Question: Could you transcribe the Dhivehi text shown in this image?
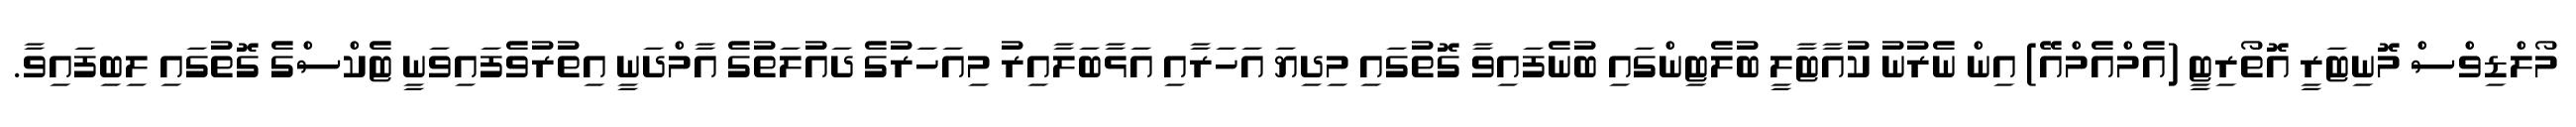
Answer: މޯލްޑިވްސް މޮނިޓަރީ އޮތޯރިޓީ (އެމްއެމްއޭ) އިން ނެރުނު ކުއާޓާލީ ބުލެޓިންގައި ބުނެފައިވާ ގޮތުގައި މިދިޔަ އަހަރާއި އަޅާބަލާއިރު މިއަހަރުގެ ދައުލަތުގެ އާމްދަނީ އިތުރުވެފައިވަނީ ޓެކްސްގެ ގޮތުގައި ލިބިފައިވާ.